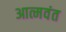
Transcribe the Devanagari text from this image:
आत्मवंत